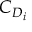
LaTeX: \ C _ { D _ { i } }